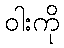
ဝါးကို